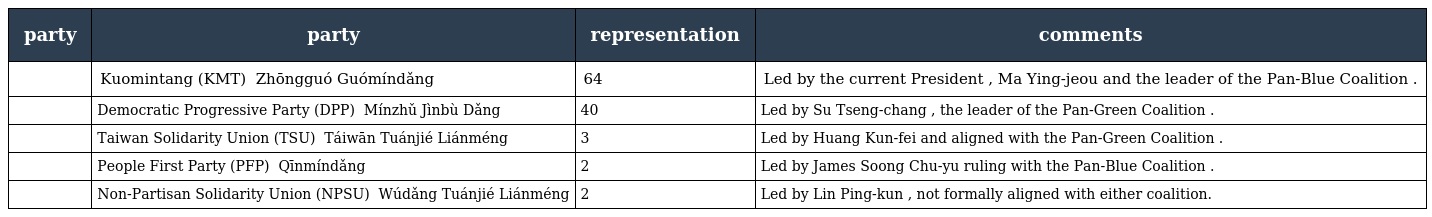
| party | party | representation | comments |
 | --- | --- | --- | --- |
 |  | Kuomintang (KMT) 中國國民黨 Zhōngguó Guómíndǎng | 64 | Led by the current President , Ma Ying-jeou and the leader of the Pan-Blue Coalition . |
 |  | Democratic Progressive Party (DPP) 民主進步黨 Mínzhǔ Jìnbù Dǎng | 40 | Led by Su Tseng-chang , the leader of the Pan-Green Coalition . |
 |  | Taiwan Solidarity Union (TSU) 台灣團結聯盟 Táiwān Tuánjié Liánméng | 3 | Led by Huang Kun-fei and aligned with the Pan-Green Coalition . |
 |  | People First Party (PFP) 親民黨 Qīnmíndǎng | 2 | Led by James Soong Chu-yu ruling with the Pan-Blue Coalition . |
 |  | Non-Partisan Solidarity Union (NPSU) 無黨團結聯盟 Wúdǎng Tuánjié Liánméng | 2 | Led by Lin Ping-kun , not formally aligned with either coalition. |